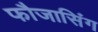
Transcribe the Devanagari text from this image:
फौजासिंग